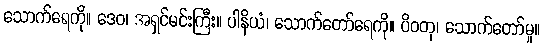
သောက်ရေကို။ ဒေဝ၊ အရှင်မင်းကြီး။ ပါနိယံ၊ သောက်တော်ရေကို။ ပိဝတု၊ သောက်တော်မူ။